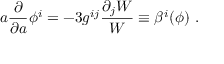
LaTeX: a { \frac { \partial } { \partial a } } \phi ^ { i } = - 3 g ^ { i j } { \frac { \partial _ { j } W } { W } } \equiv \beta ^ { i } ( \phi ) \ .